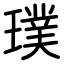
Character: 璞